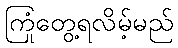
ကြုံတွေ့ရလိမ့်မည်